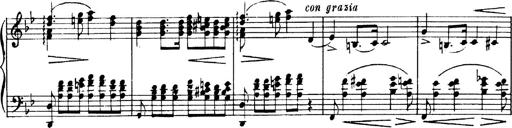
Title: Andante Finale und Marsch aus der Oper KÃ¶nig Alfred
Composer: Franz Liszt